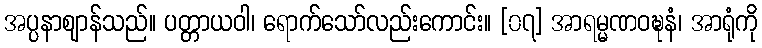
အပ္ပနာဈာန်သည်။ ပတ္တာယဝါ၊ ရောက်သော်လည်းကောင်း။ [၀၇] အာရမ္မဏဝဍ္ဎနံ၊ အာရုံကို